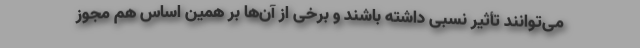
می‌توانند تأثیر نسبی داشته باشند و برخی از آن‌ها بر همین اساس هم مجوز